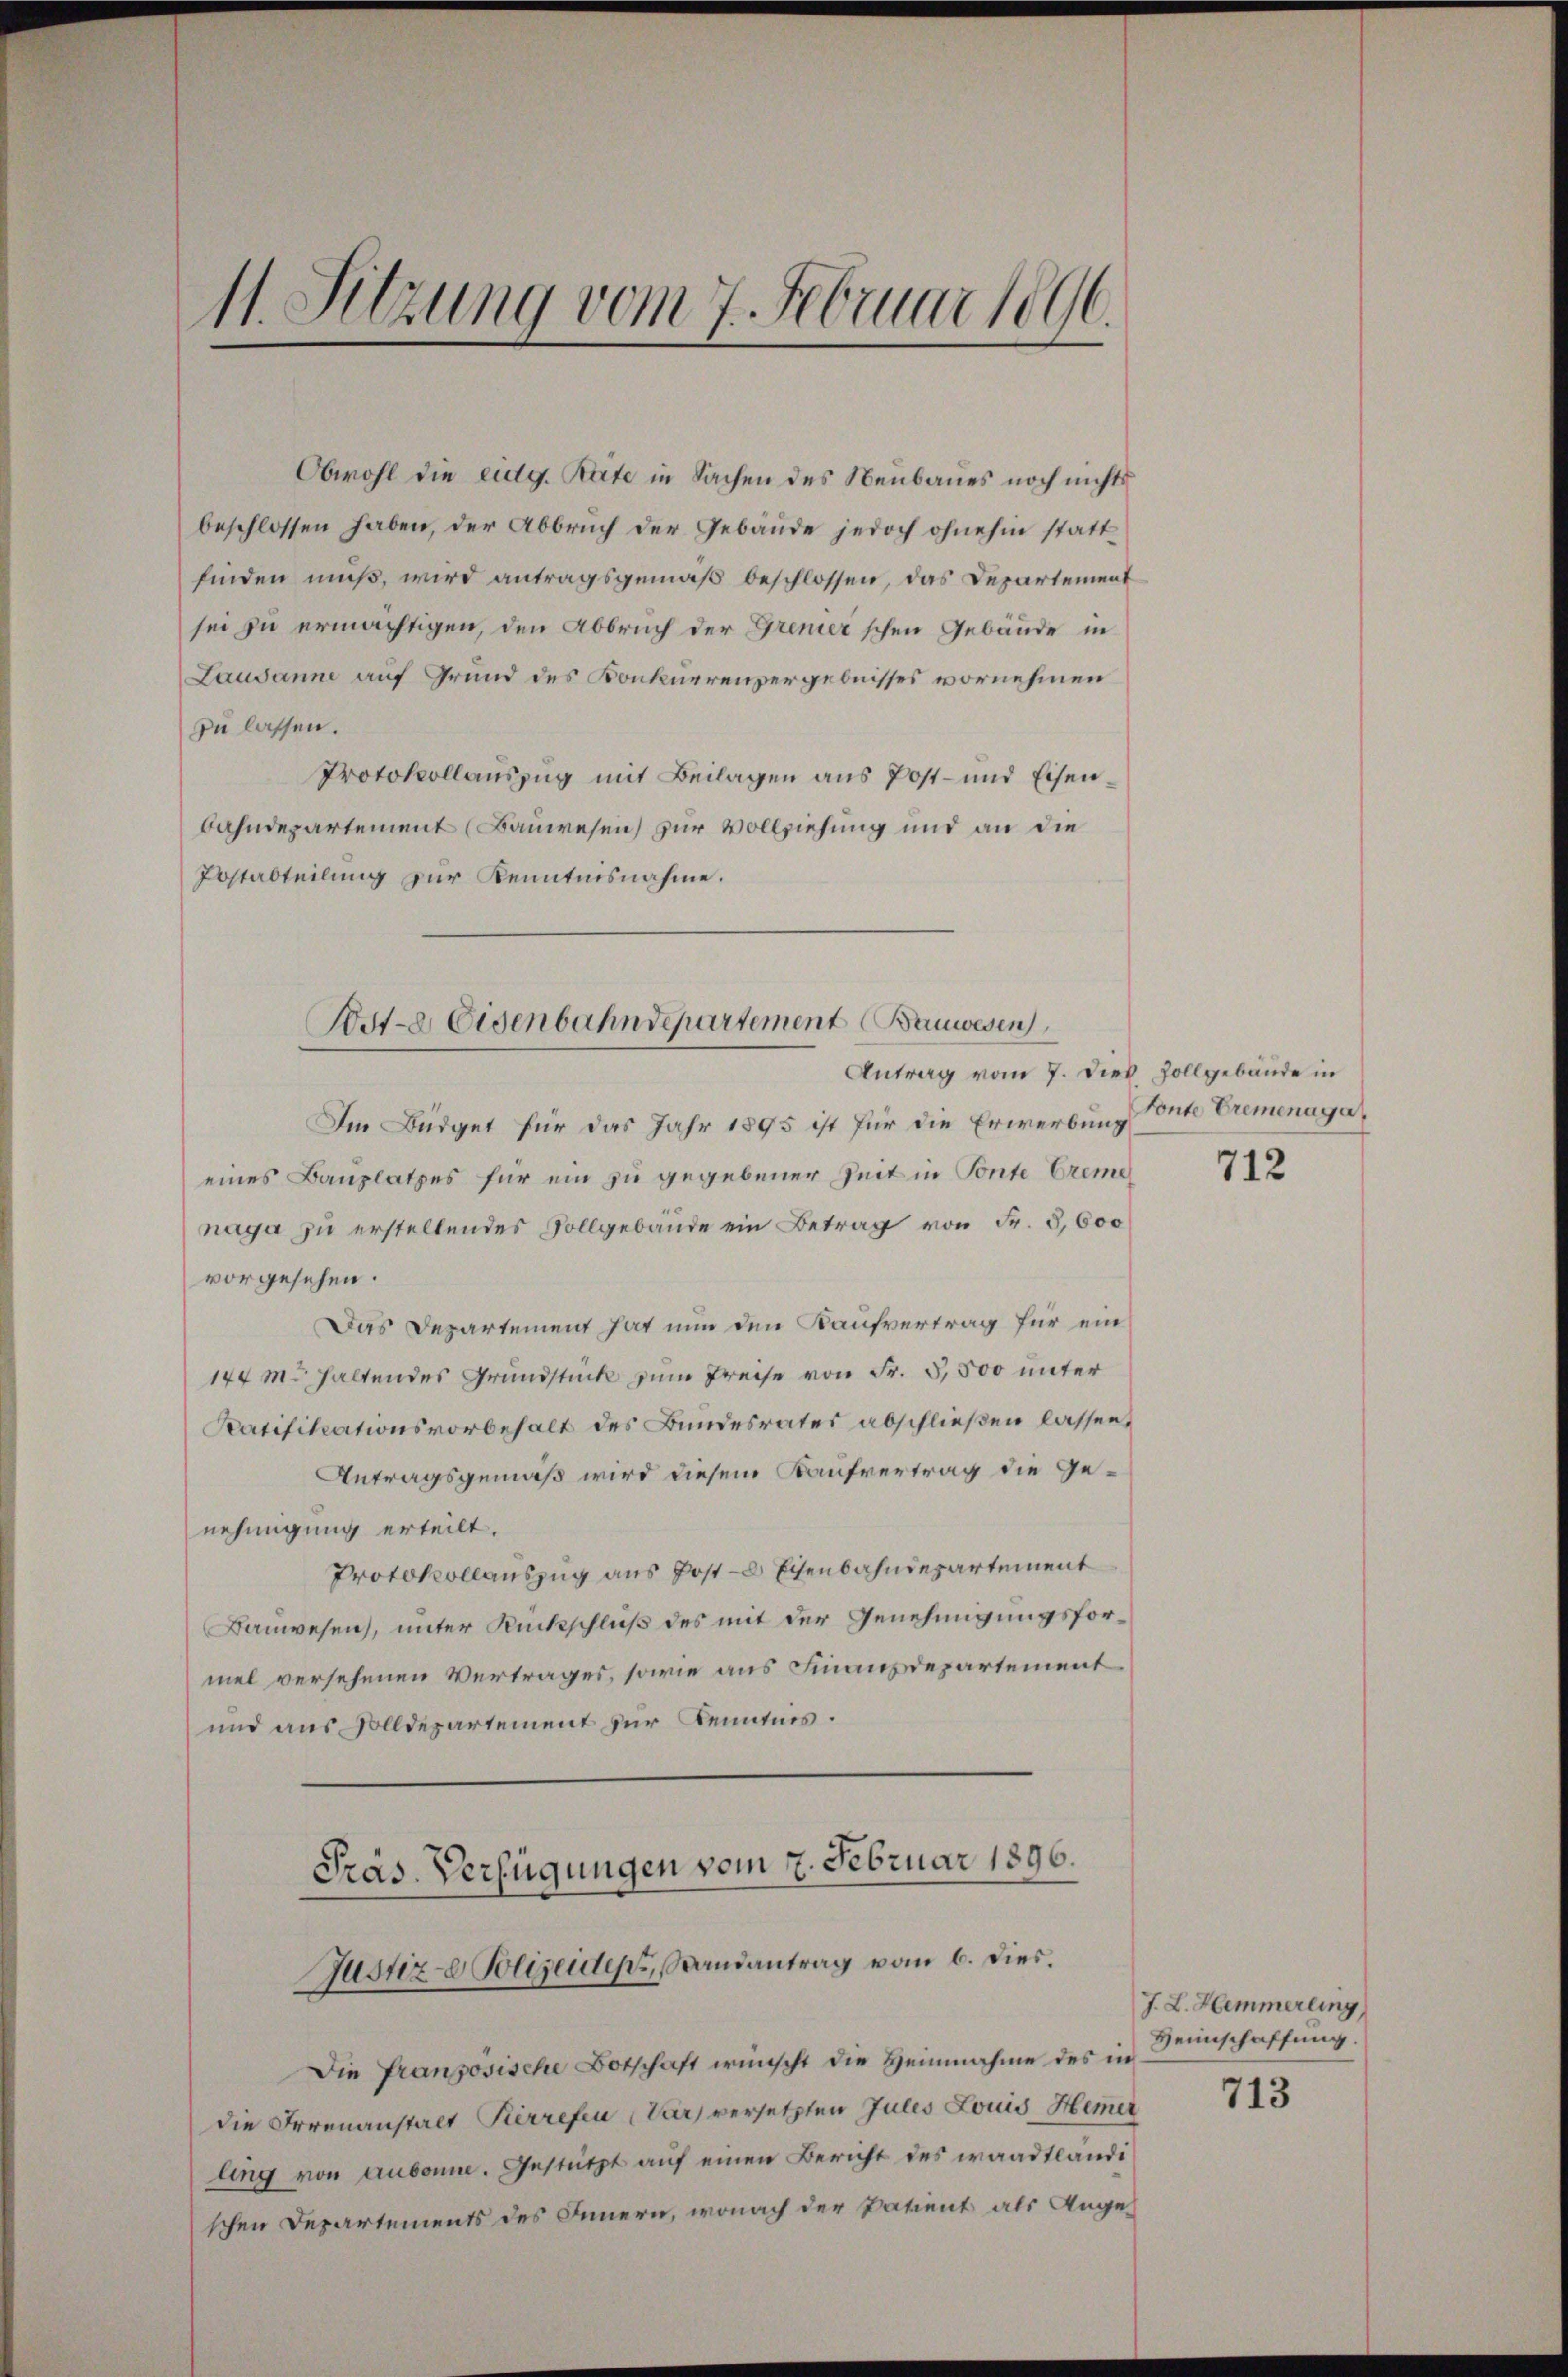
11. Sitzung vom 7. Februar 1896.

Obwohl die eidg. Räte in Sachen des Neubaues noch nichts
beschlossen haben, der Abbruch der Gebäude jedoch ohnehin statt
finden muß, wird antragsgemäß beschlossen, das Departement
sei zu ermächtigen, den Abbruch der Grenier’schen Gebäude in
Lausanne auf Grund des Konkurrenzergebnisses vornehmen
zu lassen.
Protokollauszug mit Beilagen aus Post- und Eisen,
bahndepartement (Bauwesen) zur Vollziehung und an die
Postabteilung zur Kenntnisnahme.
Antrag vom 7. Dies Zollgebäude in
Im Büdget für das Jahr 1895 ist für die Erwerbung Ponte Cremenagaeines Bauplatzes für ein zu gegebener Zeit in Tonte Creme
naga zu erstellendes Sollgebäude ein Betrag von Fr. 5,600
vorgesehen.
Das Departement hat nun den Kaufvertrag für ein
144 m. haltendes Grundstück zum Preise von Fr. 5,500 unter
Ratifikationsvorbehalt des Bundesrates abschließen lassen,
Antragsgemäß wird diesem Kaufvertrag die Genehmigung erteilt.
Protokollauszug aus Poste Eisenbahndepartement
Bauwesen, unter Rückschluß des mit der Genehmigungsformel versehenen Vertrages, sowie aus Finanzdepartement
und aus Solldepartement zur Kenntnis.
Präs. Verfügungen vom 7. Februar 1896.
Justiz- & Polizeiden, Randantrag vom 6. dies.
Die französische Botschaft wünscht die Heinnahme des in
die Irrenanstalt Kerrefen (Var) versetzten Jules Louis Hemer
ling von Aubonne. Gestützt auf einen Bericht des waadtländi
schen Departements des Innern, wonach der Patient als Ange¬

Bote Eisenbahndepartement Bauwesen

712

J. L. Hemmerling
Heimschaffung.

713